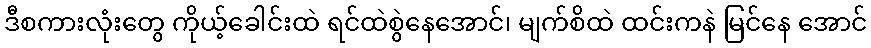
ဒီစကားလုံးတွေ ကိုယ့်ခေါင်းထဲ ရင်ထဲစွဲနေအောင်၊ မျက်စိထဲ ထင်းကနဲ မြင်နေ အောင်